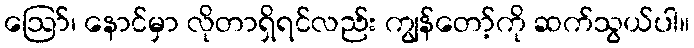
ဪ၊ နောင်မှာ လိုတာရှိရင်လည်း ကျွန်တော့်ကို ဆက်သွယ်ပါ။